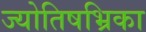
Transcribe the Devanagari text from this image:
ज्योतिषभ्रिका